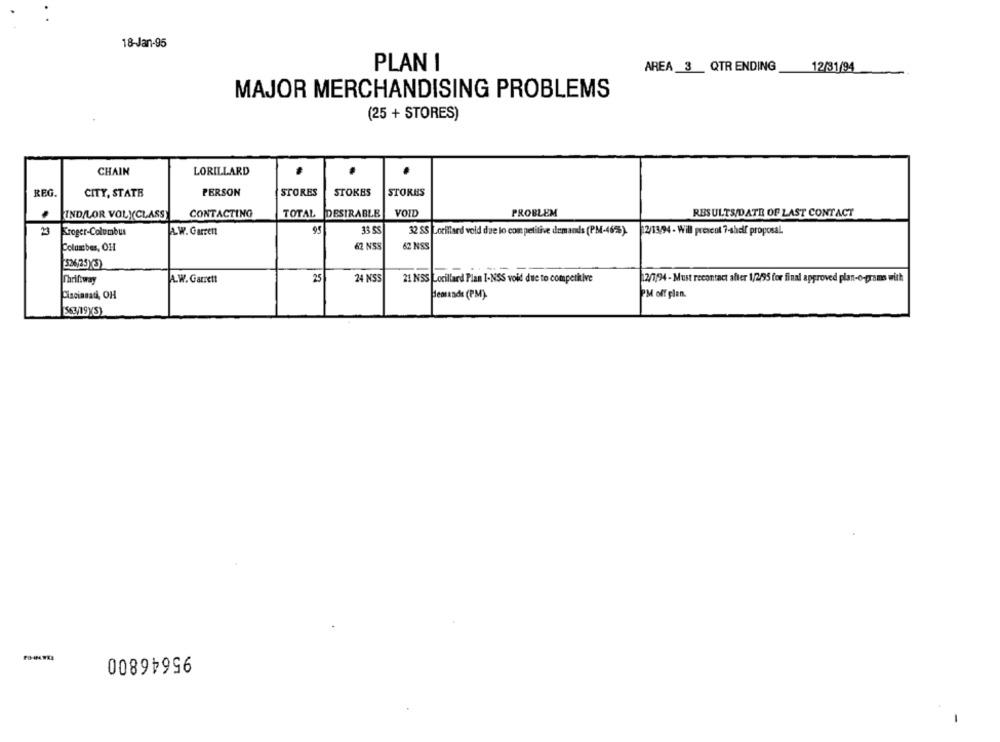
18-Jan-95
PLAN I
AREA_3 QTR ENDING
12/31/94
MAJOR MERCHANDISING PROBLEMS
(25 + STORES)
LORILLARD
CHAIN
REG.
CITY, STATE
PERSON
STORES
STOKES
STORES
IND/LOR VOLYCLASS
CONTACTING
TOTAL
DESIRABLE
VOID
PROBLEM
RESULTS/DATE OF LAST CONTACT
23
A.W. Garren
95
33 SS
32 SS Lorillard vold due lo com petilive demands (PM-465%).
Kroger-Columbus
12/13/94 - Will prescot 7-shelf proposal.
62 NSS
Columbus, OH
62 NSS
[526/25)3)
Thriftway
A.W. Garrett
25
24 NSS
21 NSS Lorillard Plan I-NSS void due to competitive
12/7/94 - Must recontact after 1/2/95 for final approved plan-o-grams with
Heosende (PM).
PM off plen.
95646800